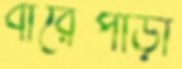
বারৈপাড়া